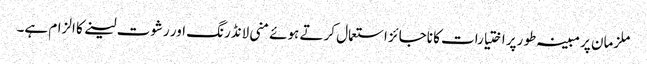
ملزمان پر مبینہ طو رپر اختیارات کا ناجائز استعمال کرتے ہوئے منی لانڈرنگ اور رشوت لینے کا الزام ہے۔